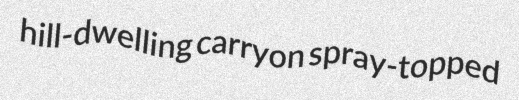
hill-dwelling carryon spray-topped